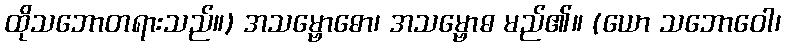
ထိုသဘောတရားသည်။) အသမ္ဗောဓော၊ အသမ္ဗောဓ မည်၏။ (ယော သဘောဝေါ၊